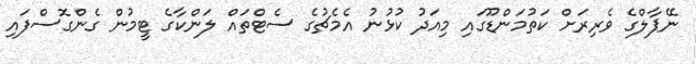
ނޭޕާލްގެ ވެރިރަށް ކަތުމަންޑޫގައި މިއަދު ކުޅުނު އެމެޗުގެ ސެޓްތައް ލަންކާގެ ޓީމުން ގެންގޮސްފައި